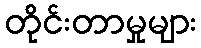
တိုင်းတာမှုများ